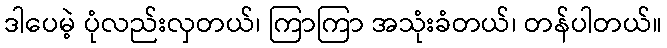
ဒါပေမဲ့ ပုံလည်းလှတယ်၊ ကြာကြာ အသုံးခံတယ်၊ တန်ပါတယ်။